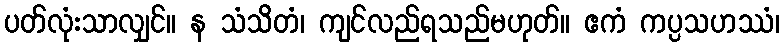
ပတ်လုံးသာလျှင်။ န သံသိတံ၊ ကျင်လည်ရသည်မဟုတ်။ ဧကံ ကပ္ပသဟဿံ၊